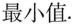
最小值.